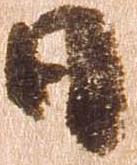
日